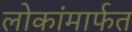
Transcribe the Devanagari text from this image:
लोकांमार्फत